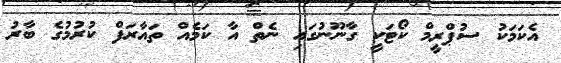
އެކަމަކު ސުޕްރީމް ކޯޓަކީ ގާނޫނުގައި ނެތް އާ ކަމެއް ތައާރަފް ކުރުމުގެ ބާރު